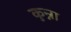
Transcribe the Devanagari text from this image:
कुन्ना